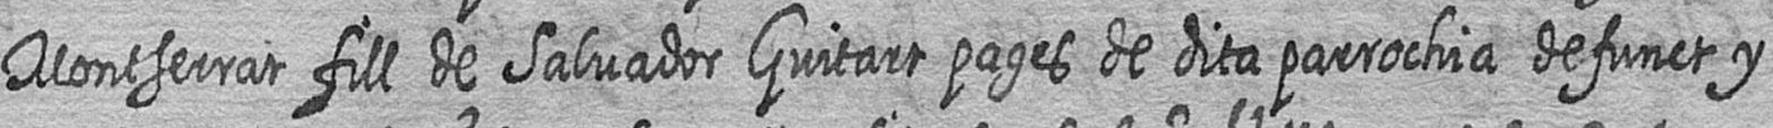
Montserrat fill de Salvador Guitart pages de dita parrochia defunct y